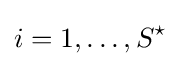
i=1,\dots ,S^{\star }